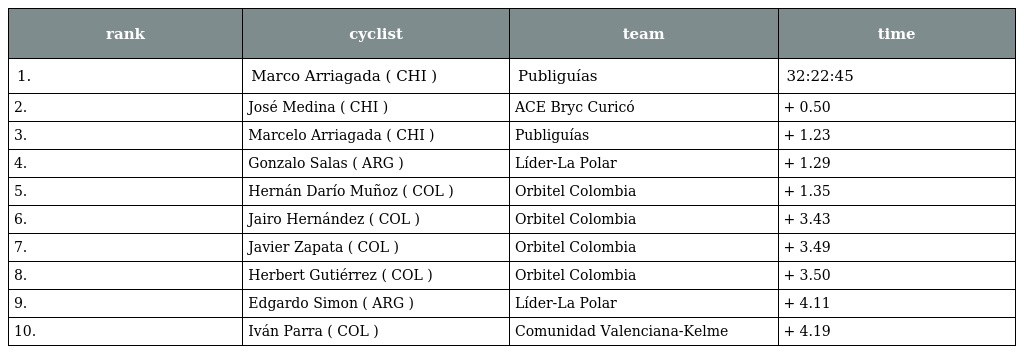
| rank | cyclist | team | time |
 | --- | --- | --- | --- |
 | 1. | Marco Arriagada ( CHI ) | Publiguías | 32:22:45 |
 | 2. | José Medina ( CHI ) | ACE Bryc Curicó | + 0.50 |
 | 3. | Marcelo Arriagada ( CHI ) | Publiguías | + 1.23 |
 | 4. | Gonzalo Salas ( ARG ) | Líder-La Polar | + 1.29 |
 | 5. | Hernán Darío Muñoz ( COL ) | Orbitel Colombia | + 1.35 |
 | 6. | Jairo Hernández ( COL ) | Orbitel Colombia | + 3.43 |
 | 7. | Javier Zapata ( COL ) | Orbitel Colombia | + 3.49 |
 | 8. | Herbert Gutiérrez ( COL ) | Orbitel Colombia | + 3.50 |
 | 9. | Edgardo Simon ( ARG ) | Líder-La Polar | + 4.11 |
 | 10. | Iván Parra ( COL ) | Comunidad Valenciana-Kelme | + 4.19 |